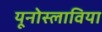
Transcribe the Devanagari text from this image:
यूनोस्लाविया